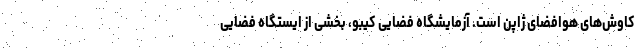
کاوش‌های هوافضای ژاپن است. آزمایشگاه فضایی کیبو، بخشی از ایستگاه فضایی